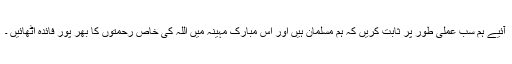
آئیے ہم سب عملی طور پر ثابت کریں کہ ہم مسلمان ہیں اور اس مبارک مہینہ میں اللہ کی خاص رحمتوں کا بھر پور فائدہ اٹھائیں ۔